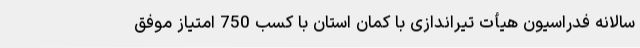
سالانه فدراسیون هیأت تیراندازی با کمان استان با کسب 750 امتیاز موفق